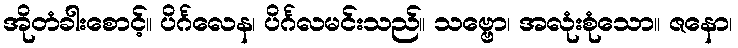
အိုတံခါးစောင့်။ ပိင်္ဂလေန၊ ပိင်္ဂလမင်းသည်။ သဗ္ဗော၊ အလုံးစုံသော။ ဇနော၊